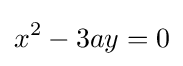
x^{2}-3ay=0